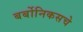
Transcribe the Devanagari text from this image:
बर्बोनिकसचे